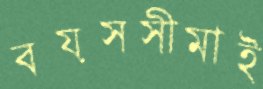
বয়সসীমাই